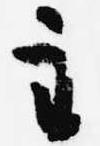
主